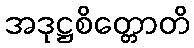
အဒုဋ္ဌစိတ္တောတိ